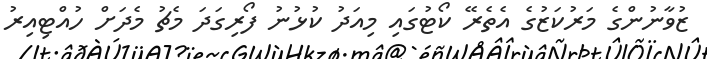
ޒުވާނުންގެ މަރުކަޒުގެ އެތެރޭ ކޯޓުގައި މިއަދު ކުޅުނު ފޯރިގަދަ މެޗު މެދަށް ހުއްޓިއިރު